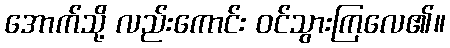
အောက်သို့ လည်းကောင်း ဝင်သွားကြလေ၏။